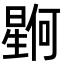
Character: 𪱊